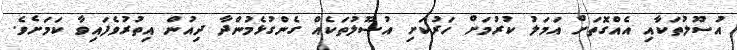
އުސޫލުތަކާއި އެއްގޮތަށް އަމަލު ކުރުމަށް ހަރުކަށި އުސޫލުތަކެއް ގެންގުޅެމުންދާ ދިއުން އިތުރުވެފައިވާ ކަމަށެވެ.